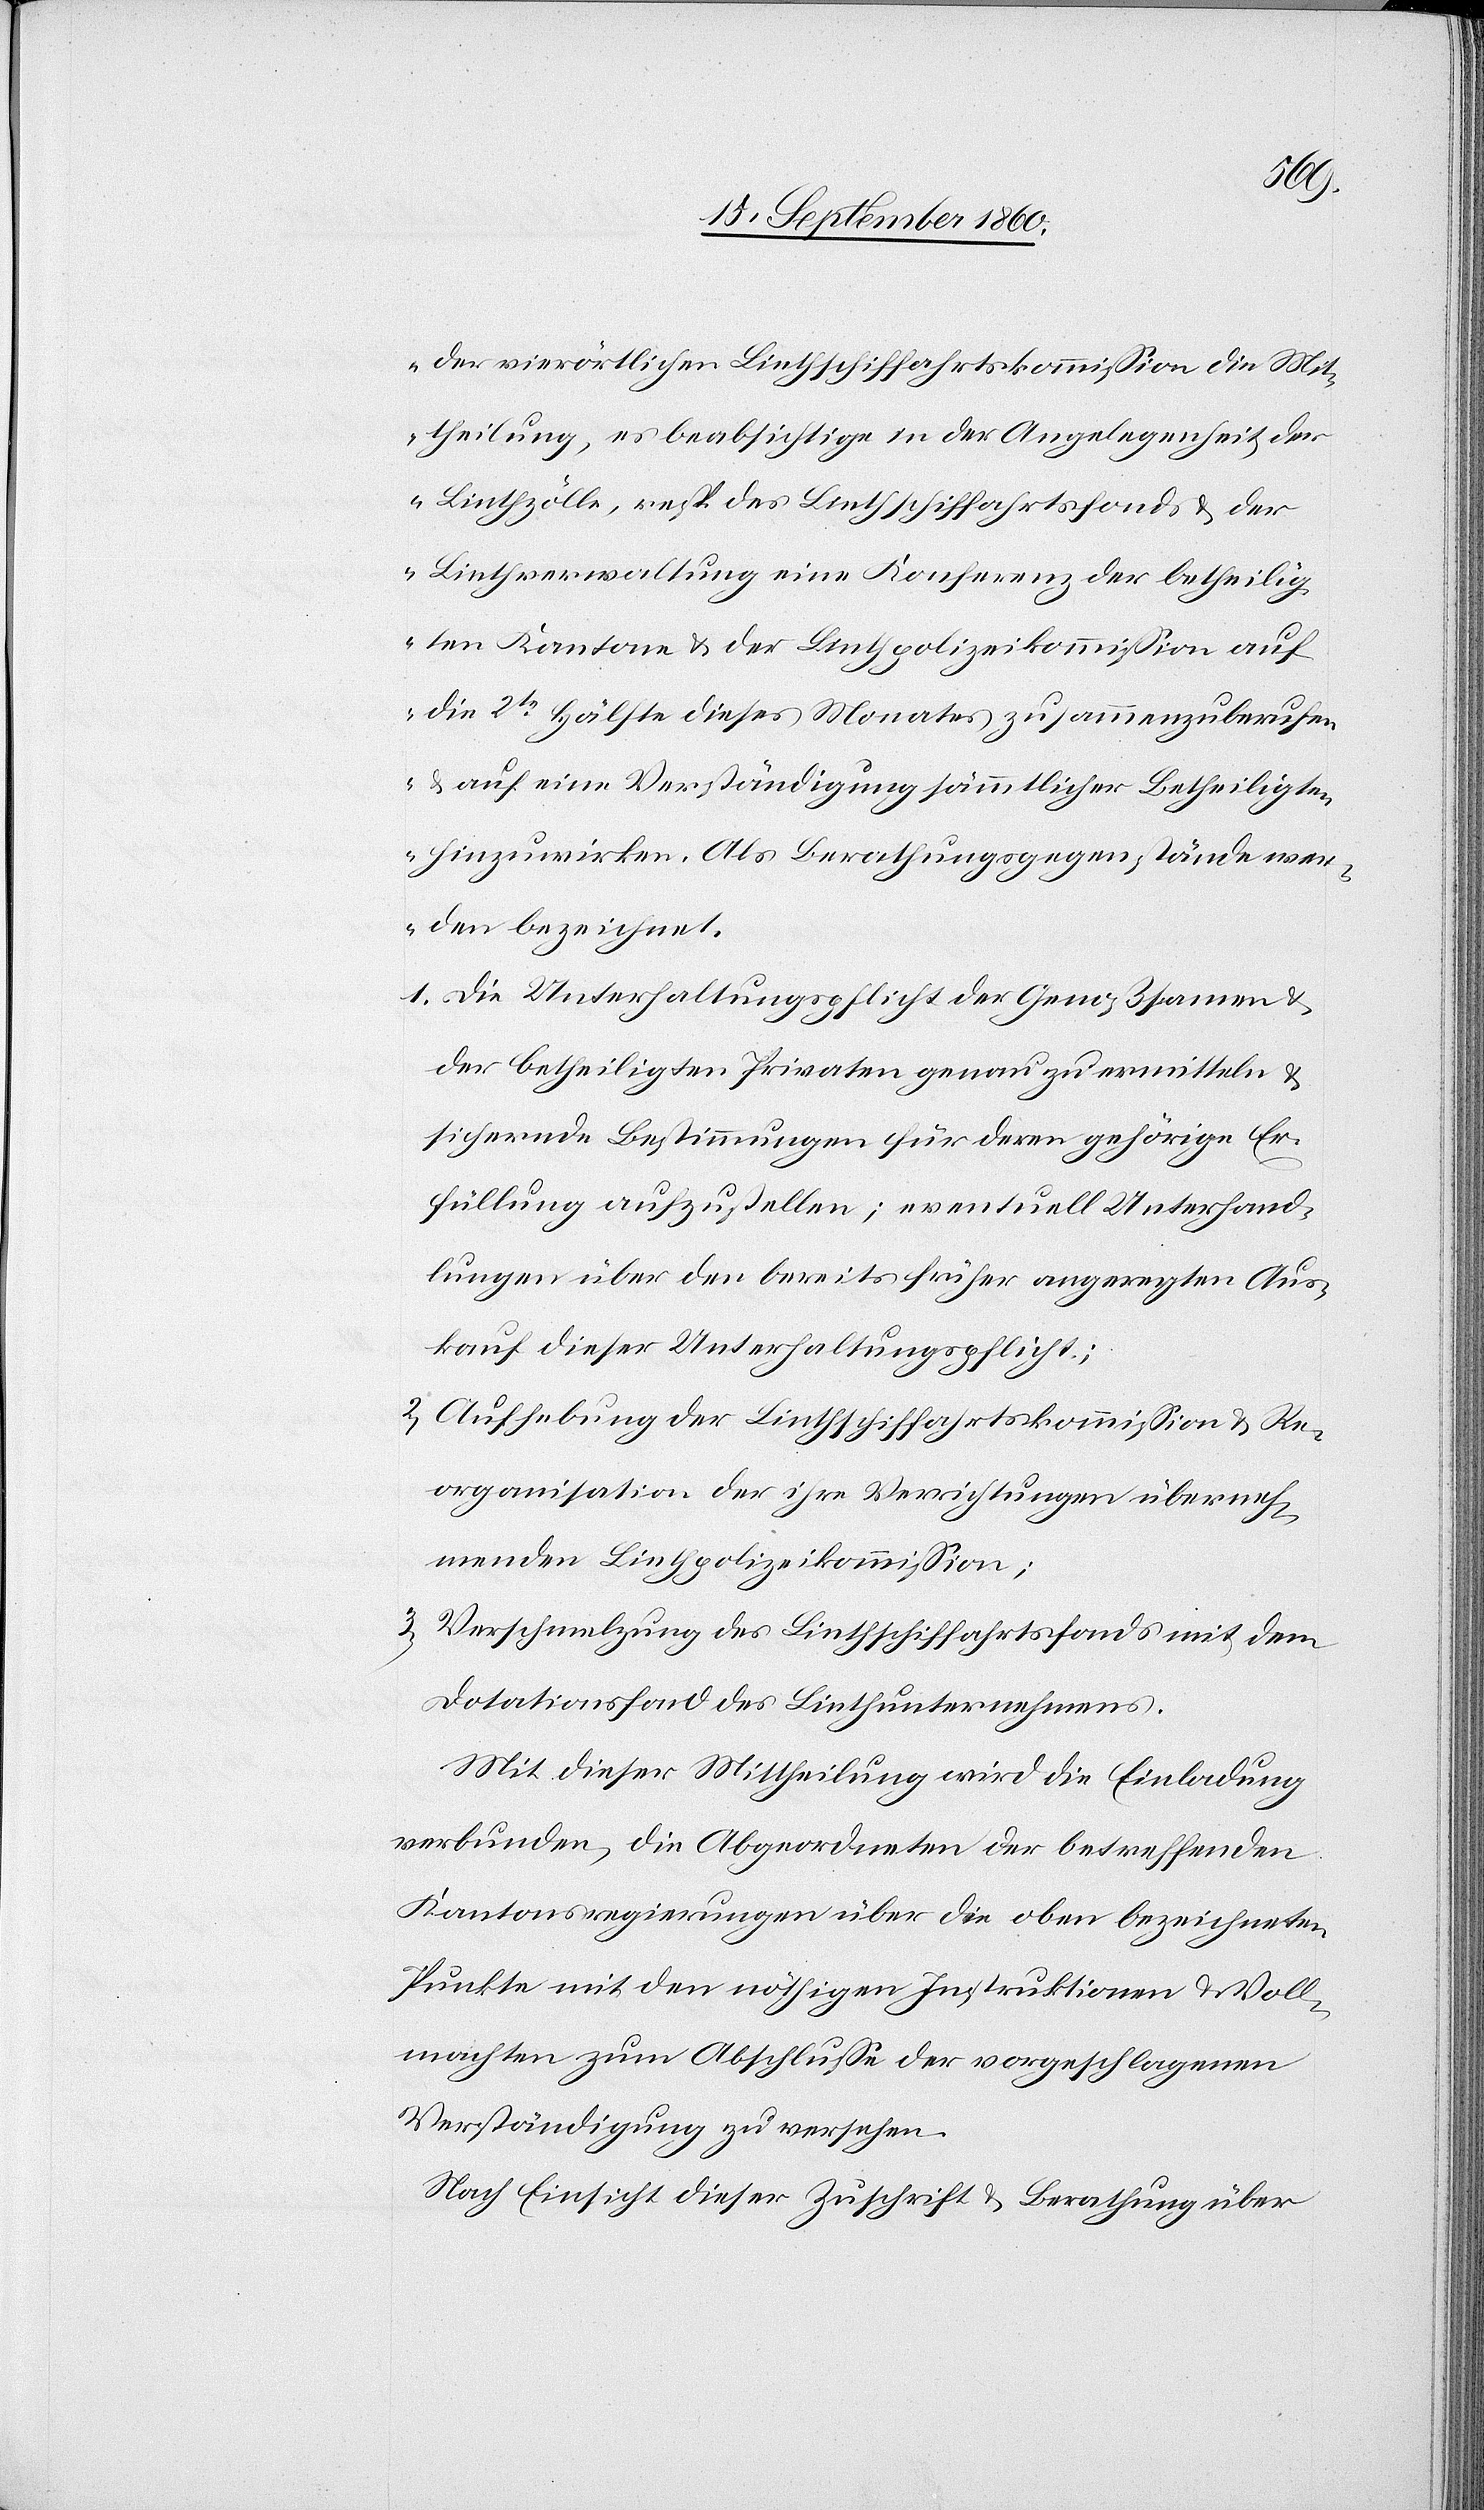
der vierörtlichen Linthschiffahrtskommission die Mit¬
theilung, es beabsichtige in der Angelegenheit der
Linthzölle, resp. des Linthschiffahrtsfonds & der
Linthverwaltung eine Konferenz der betheilig¬
ten Kantone u. der Linthpolizeikommission auf
die 2te Hälfte dieses Monates zusammenzuberufen
u. auf eine Verständigung sämmtlicher Betheiligten
hinzuwirken. Als Berathungsgegenstände wer¬
den bezeichnet.
1) Die Unterhaltungspflicht der Genoßsamen
der betheiligten Privaten genau zu ermitteln &
sichernde Bestimmungen für deren gehörige Er¬
füllung aufzustellen; eventuell Unterhand¬
lungen über den bereits früher angeregten Aus¬
kauf dieser Unterhaltungspflicht;
2) Aufhebung der Lintschiffahrtskommission u. Re¬
organisation der ihre Verrichtungen überneh¬
menden Linthpolizeikommission;
3) Verschmelzung des Lintschiffahrtsfonds mit dem
Dotationsfond des Linthunternehmens.
Mit dieser Mittheilung wird die Einladung
verbunden, die Abgeordneten der betreffenden
Kantonsregierungen über die oben bezeichneten
Punkte mit den nöthigen Instruktionen u. Voll¬
machten zum Abschlusse der vorgeschlagenen
Verständigung zu versehen.
Nach Einsicht dieser Zuschrift u. Berathung über